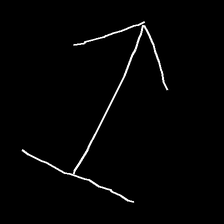
Glyph: levitation